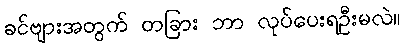
ခင်ဗျားအတွက် တခြား ဘာ လုပ်ပေးရဦးမလဲ။